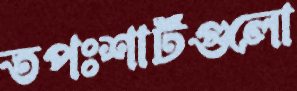
তপঃশার্টগুলো